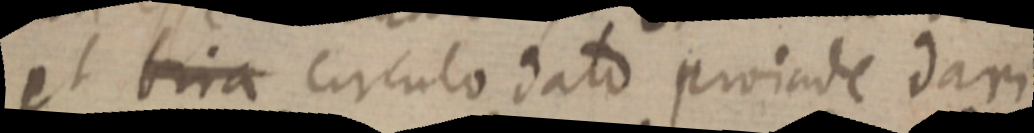
et bria circulo dato proinde dari